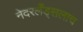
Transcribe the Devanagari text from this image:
नेदरलँड्सलाच